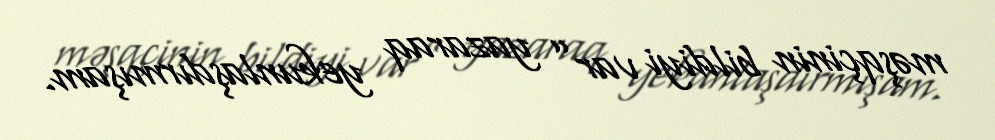
məşqçinin bildiyi var” yazaraq yekunlaşdırmışam.